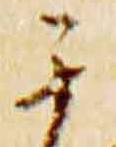
其